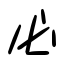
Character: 必